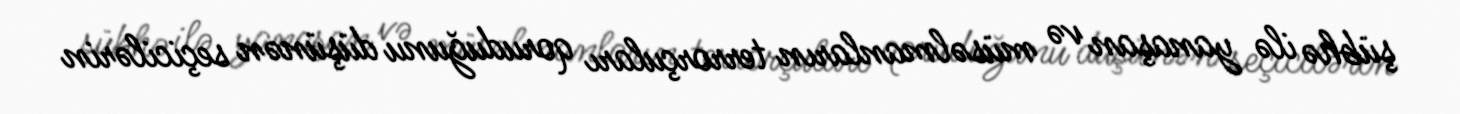
şübhə ilə yanaşan və müsəlmanların terrorçuları qoruduğunu düşünən seçicilərin